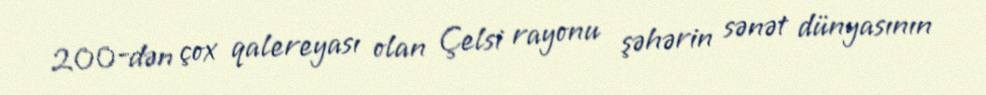
200-dən çox qalereyası olan Çelsi rayonu şəhərin sənət dünyasının